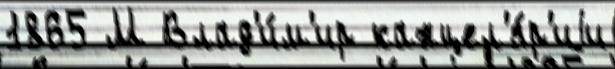
1865 М Влад'и́м'ир канцел'я́р'иjи